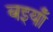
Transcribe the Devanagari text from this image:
बइयाँ